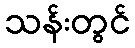
သန်းတွင်